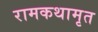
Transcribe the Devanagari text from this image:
रामकथामृत